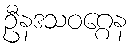
ဦနဒသဝဂ္ဂေန